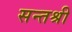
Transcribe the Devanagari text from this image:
सन्तश्री